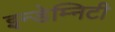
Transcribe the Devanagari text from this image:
इन्डेम्निटी